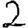
Digit: 2